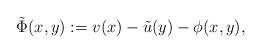
LaTeX: \begin{align*}\tilde \Phi (x,y) : = v(x) - \tilde u(y) - \phi(x,y), \end{align*}